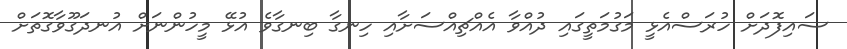
ސައިފޮދަށް ހުރަސްއެޅީ މަގުމަތީގައި ދުއްވާ އެއްޗިއްސަށާއި ހިނގާ ބިނގާވެ އުޅޭ މީހުންނަށް އުނދަގޫވާގޮތަށް